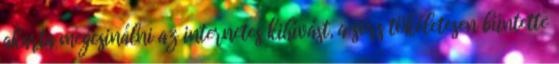
akarta megcsinálni az internetes kihívást, a sors tökéletesen büntette